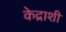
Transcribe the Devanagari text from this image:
केद्राशी